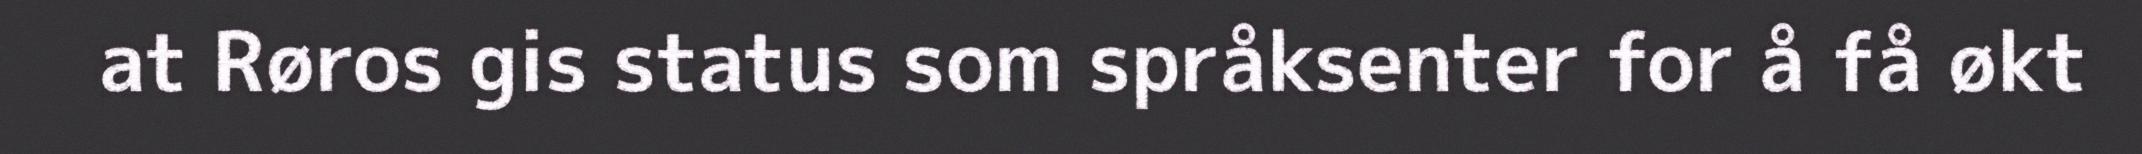
at Røros gis status som språksenter for å få økt